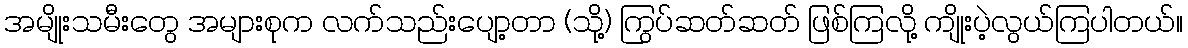
အမျိုးသမီးတွေ အများစုက လက်သည်းပျော့တာ (သို့) ကြွပ်ဆတ်ဆတ် ဖြစ်ကြလို့ ကျိုးပဲ့လွယ်ကြပါတယ်။